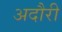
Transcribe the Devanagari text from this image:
अदौरी